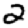
Digit: 2